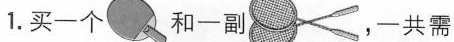
1.买一个 和一副 ，一共需